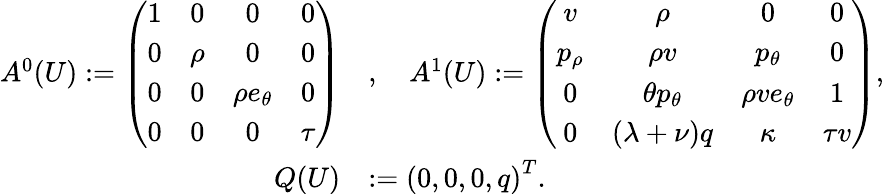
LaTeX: \begin{array}{rl}{A^{0}(U):=\left(\begin{array}{cccc}{1}&{0}&{0}&{0}\\ {0}&{\rho}&{0}&{0}\\ {0}&{0}&{\rho e_{\theta}}&{0}\\ {0}&{0}&{0}&{\tau}\end{array}\right)}&{,\quad A^{1}(U):=\left(\begin{array}{cccc}{v}&{\rho}&{0}&{0}\\ {p_{\rho}}&{\rho v}&{p_{\theta}}&{0}\\ {0}&{\theta p_{\theta}}&{\rho ve_{\theta}}&{1}\\ {0}&{(\lambda+\nu)q}&{\kappa}&{\tau v}\end{array}\right),}\\ {Q(U)}&{:=\left(0,0,0,q\right)^{T}.}\end{array}